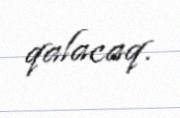
qalacaq.